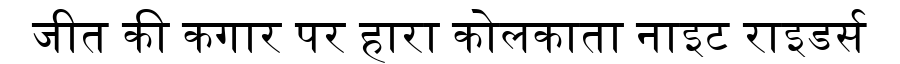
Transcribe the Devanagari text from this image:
जीत की कगार पर हारा कोलकाता नाइट राइडर्स